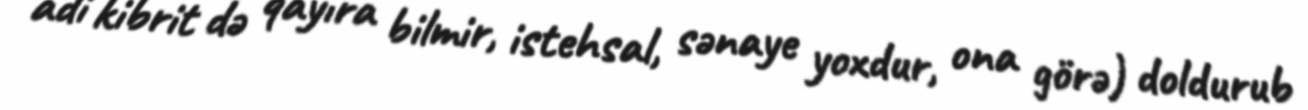
adi kibrit də qayıra bilmir, istehsal, sənaye yoxdur, ona görə) doldurub